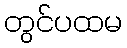
တွင်ပထမ